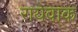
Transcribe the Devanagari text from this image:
रायेवाक